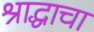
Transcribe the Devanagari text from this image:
श्राद्धाचा